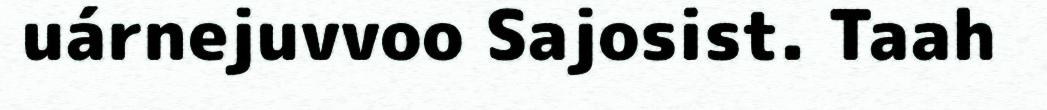
uárnejuvvoo Sajosist. Taah